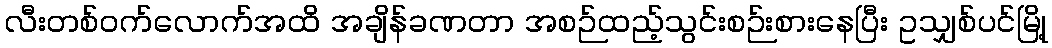
လီးတစ်ဝက်လောက်အထိ အချိန်ခဏတာ အစဉ်ထည့်သွင်းစဉ်းစားနေပြီး ဥသျှစ်ပင်မြို့